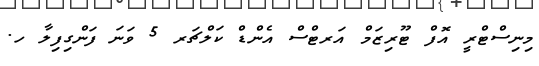
މިނިސްޓްރީ އޮފް ޓޫރިޒަމް އަރޓްސް އެންޑް ކަލްޗަރ 5 ވަނަ ފަންގިފިލާ ހ.